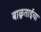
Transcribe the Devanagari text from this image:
बाळुताईंचा